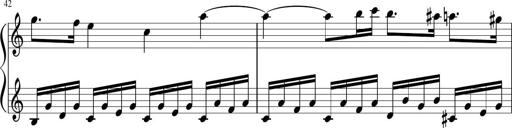
Title: Sonatina di Santa Gemma, JKB 12
Composer: Jason Baruk
Key: F major